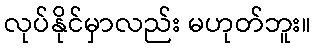
လုပ်နိုင်မှာလည်း မဟုတ်ဘူး။